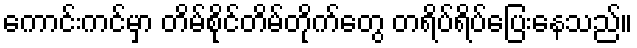
ကောင်းကင်မှာ တိမ်စိုင်တိမ်တိုက်တွေ တရိပ်ရိပ်ပြေးနေသည်။